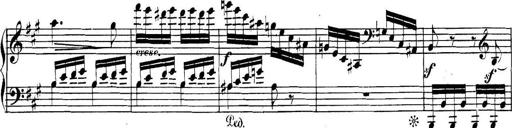
Title: Collected Piano Sonatas
Composer: Muzio Clementi